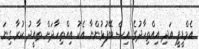
އެމްޑީޕީ އަދި އިއްތިހާދުގެ އިސް ބޭފުޅުންނާ އެކު އިއްތިހާދަށް ތާއީދު ކުރާ ގިނަ